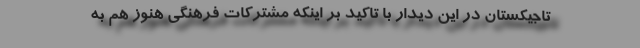
تاجیکستان در این دیدار با تاکید بر اینکه مشترکات فرهنگی هنوز هم به